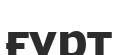
ғұрт